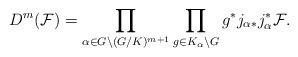
LaTeX: \begin{align*} D^m(\mathcal{F})=\prod_{\alpha\in G\backslash(G/K)^{m+1}}\prod_{g\in K_\alpha\backslash G}g^*j_{\alpha*}j_\alpha^*\mathcal{F}. \end{align*}